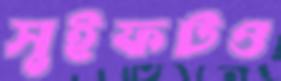
সুইফটও